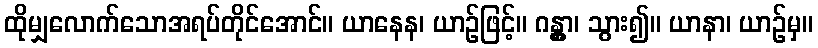
ထိုမျှလောက်သောအရပ်တိုင်အောင်။ ယာနေန၊ ယာဉ်ဖြင့်။ ဂန္တွာ၊ သွား၍။ ယာနာ၊ ယာဉ်မှ။